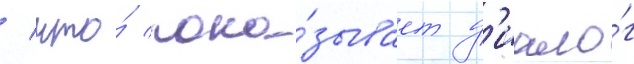
/ что́ пока́зывает д'иало́г